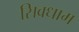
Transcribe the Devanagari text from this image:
सिवधाम